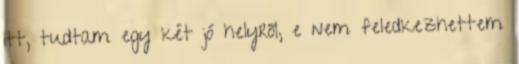
itt, tudtam egy két jó helyről, e nem feledkezhettem